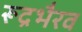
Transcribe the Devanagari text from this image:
रूद्रभैरव